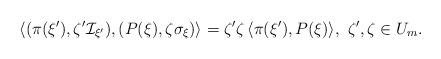
LaTeX: \begin{align*} \langle (\pi(\xi'), \zeta' \mathcal{I}_{\xi'}) , (P(\xi),\zeta\sigma_{\xi }) \rangle = \zeta' \zeta \, \langle \pi(\xi'), P(\xi) \rangle, \ \zeta', \zeta \in U_{m}.\end{align*}